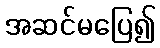
အဆင်မပြေ၍